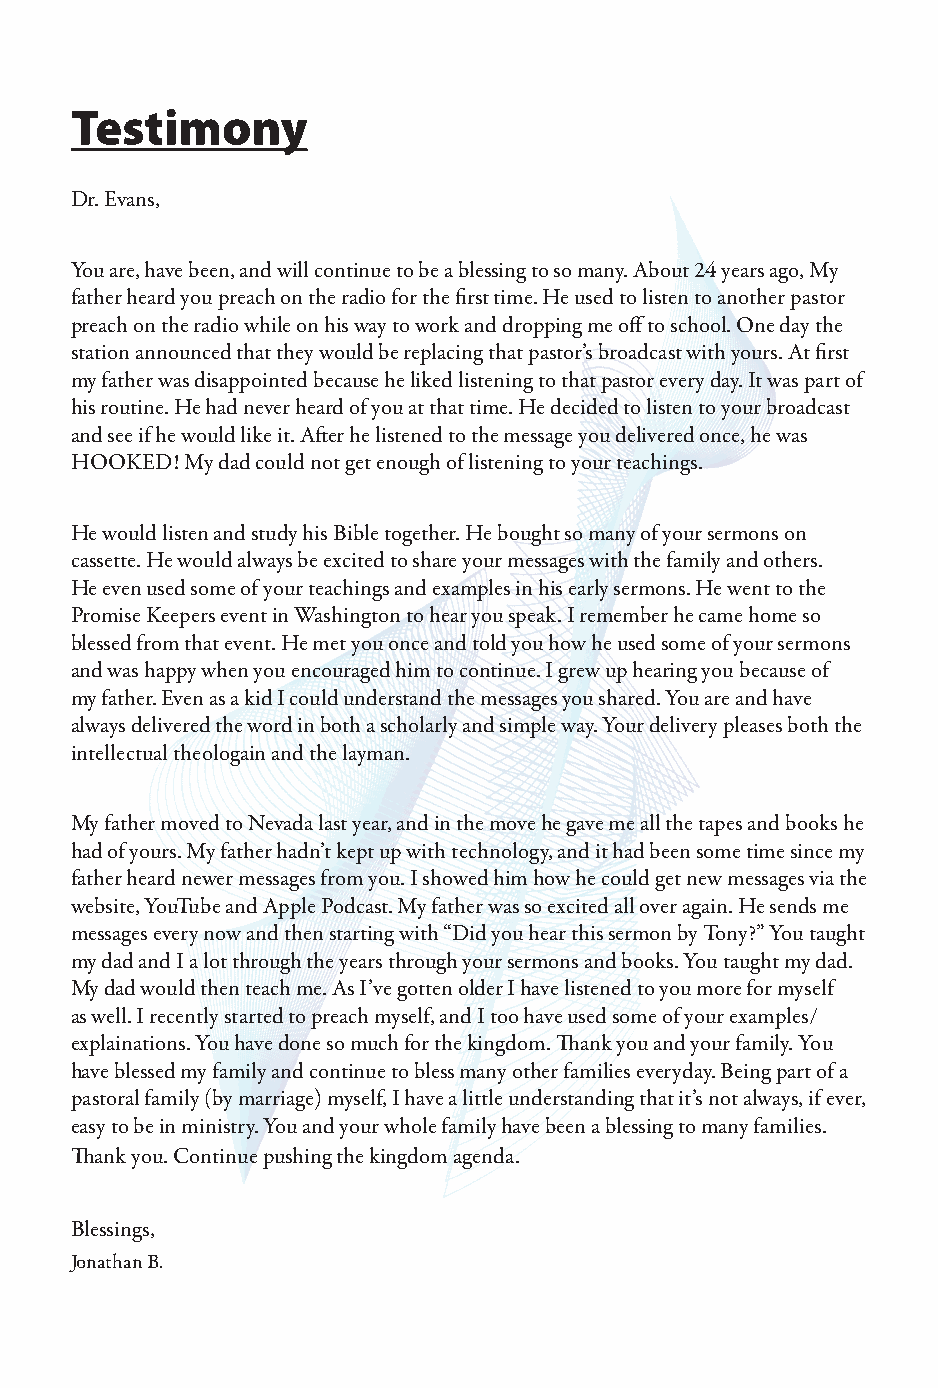
Testimony
 Dr. Evans,
 You are, have been, and will continue to be a blessing to so many. About 24 years ago, My
 father heard you preach on the radio for the first time. He used to listen to another pastor
 preach on the radio while on his way to work and dropping me off to school. One day the
 station announced that they would be replacing that pastor’s broadcast with yours. At first
 my father was disappointed because he liked listening to that pastor every day. It was part of
 his routine. He had never heard of you at that time. He decided to listen to your broadcast
 and see if he would like it. After he listened to the message you delivered once, he was
 HOOKED! My dad could not get enough of listening to your teachings.
 He would listen and study his Bible together. He bought so many of your sermons on
 cassette. He would always be excited to share your messages with the family and others.
 He even used some of your teachings and examples in his early sermons. He went to the
 Promise Keepers event in Washington to hear you speak. I remember he came home so
 blessed from that event. He met you once and told you how he used some of your sermons
 and was happy when you encouraged him to continue. I grew up hearing you because of
 my father. Even as a kid I could understand the messages you shared. You are and have
 always delivered the word in both a scholarly and simple way. Your delivery pleases both the
 intellectual theologain and the layman.
 My father moved to Nevada last year, and in the move he gave me all the tapes and books he
 had of yours. My father hadn’t kept up with technology, and it had been some time since my
 father heard newer messages from you. I showed him how he could get new messages via the
 website, YouTube and Apple Podcast. My father was so excited all over again. He sends me
 messages every now and then starting with “Did you hear this sermon by Tony?” You taught
 my dad and I a lot through the years through your sermons and books. You taught my dad.
 My dad would then teach me. As I’ve gotten older I have listened to you more for myself
 as well. I recently started to preach myself, and I too have used some of your examples/
 explainations. You have done so much for the kingdom. Thank you and your family. You
 have blessed my family and continue to bless many other families everyday. Being part of a
 pastoral family (by marriage) myself, I have a little understanding that it’s not always, if ever,
 easy to be in ministry. You and your whole family have been a blessing to many families.
 Thank you. Continue pushing the kingdom agenda.
 Blessings,
 Jonathan B.